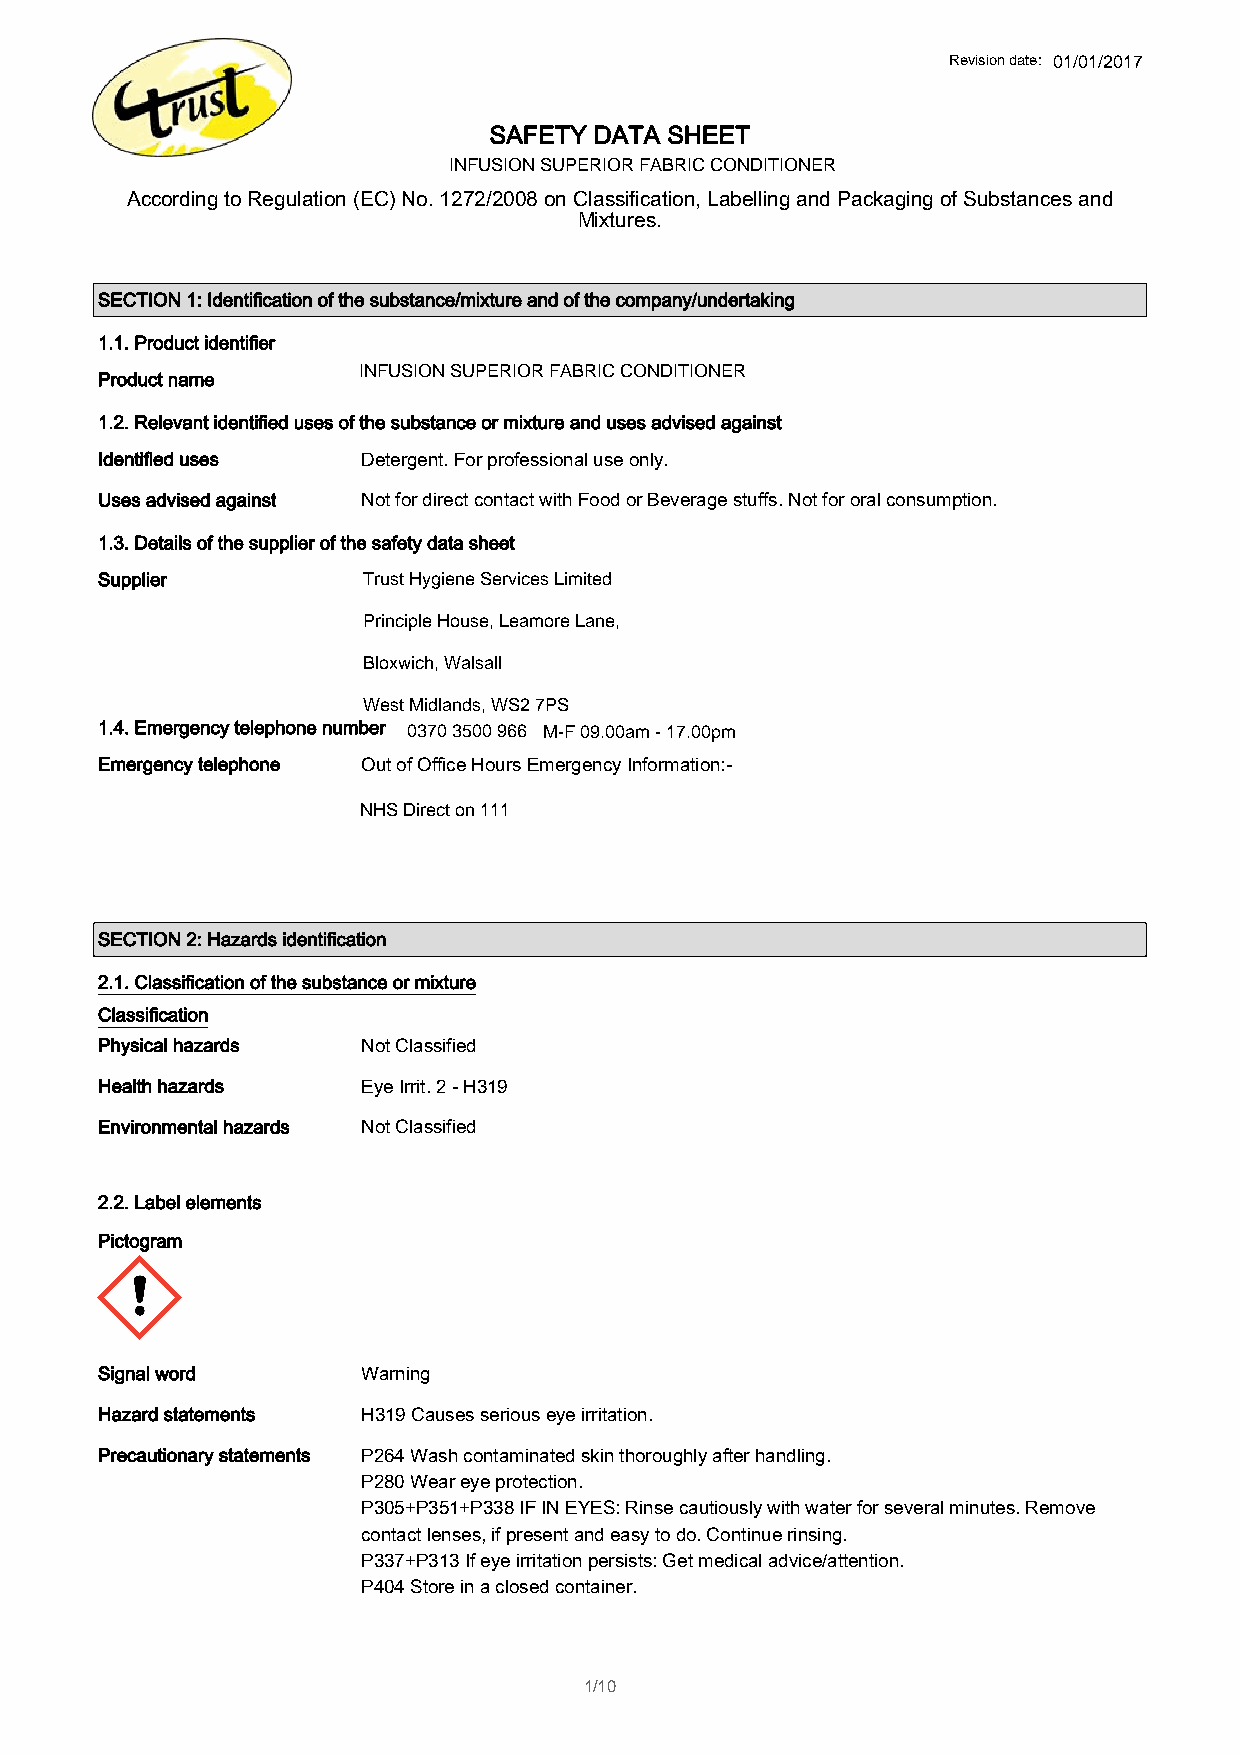
Revision date: 001/10/50/210/125017
 SAFETY DATA SHEET
 INFUSION SFUINPAFEBURRSIOIIORCN F SSAUBORPFEICRT CIEOORNN FEDAIRTBIRO PINCRE CREOMNDIUITIMONER
 According to Regulation (EC) No. 1272/2008 on Classification, Labelling and Packaging of Substances and
 Mixtures.
 SECTION 1: Identification of the substance/mixture and of the company/undertaking
 1.1. Product identifier
 INFUSION SUPERIOR FABRIC CONDITIONER
 Product name      FABRIC SOFTENER PREMIUM
 1.2. Relevant identified uses of the substance or mixture and uses advised against
 Identified uses   Detergent. For professional use only.
 Uses advised against Not for direct contact with Food or Beverage stuffs. Not for oral consumption.
 1.3. Details of the supplier of the safety data sheet
 Supplier          MTrEuRstL HINyg CieHnEe MSeICrvAicLeSs Limited
 Unit 5, Passfield Mill Business Park, Liphook, Hants, GU30 7RR
 Principle House, Leamore Lane,
 +44 (0) 1428 751122
 +B4lo4x (w0i)c h1,4 W28a l7s5a1ll133
 technical@merlinchemicals.co.uk
 West Midlands, WS2 7PS
 1.4. Emergency telephone number 0370 3500 966 M-F 09.00am - 17.00pm
 Emergency telephone Out of Office Hours Emergency Information:-
 For accidents and spillages involving this product that pose a threat to the environment, or
 NHS Direct on 111
 human health, or require immediate first aid advice call:- +44(0) 7050 265597.
 Note:- This number will not accept order queries or calls dealing with equipment breakdowns.
 UK Environment Agency 24hour Advisory Service 0800 807060. Irish Environmental
 Protection Agency 1890 335599.
 SECTION 2: Hazards identification
 2.1. Classification of the substance or mixture
 Classification
 Physical hazards  Not Classified
 Health hazards    Eye Irrit. 2 - H319
 Environmental hazards Not Classified
 2.2. Label elements
 Pictogram
 Signal word       Warning
 Hazard statements H319 Causes serious eye irritation.
 Precautionary statements P264 Wash contaminated skin thoroughly after handling.
 P280 Wear eye protection.
 P305+P351+P338 IF IN EYES: Rinse cautiously with water for several minutes. Remove
 contact lenses, if present and easy to do. Continue rinsing.
 P337+P313 If eye irritation persists: Get medical advice/attention.
 P404 Store in a closed container.
 1/10